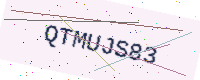
Text: QTMUJS83